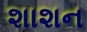
શાશન